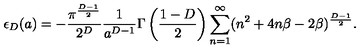
\epsilon _ { D } ( a ) = - \frac { \pi ^ { \frac { D - 1 } { 2 } } } { 2 ^ { D } } \frac { 1 } { a ^ { D - 1 } } \Gamma \left( \frac { 1 - D } { 2 } \right) \sum _ { n = 1 } ^ { \infty } ( n ^ { 2 } + 4 n \beta - 2 \beta ) ^ { \frac { D - 1 } { 2 } } .